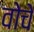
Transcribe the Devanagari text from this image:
वोचे